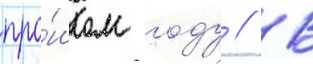
про́шлом году // В